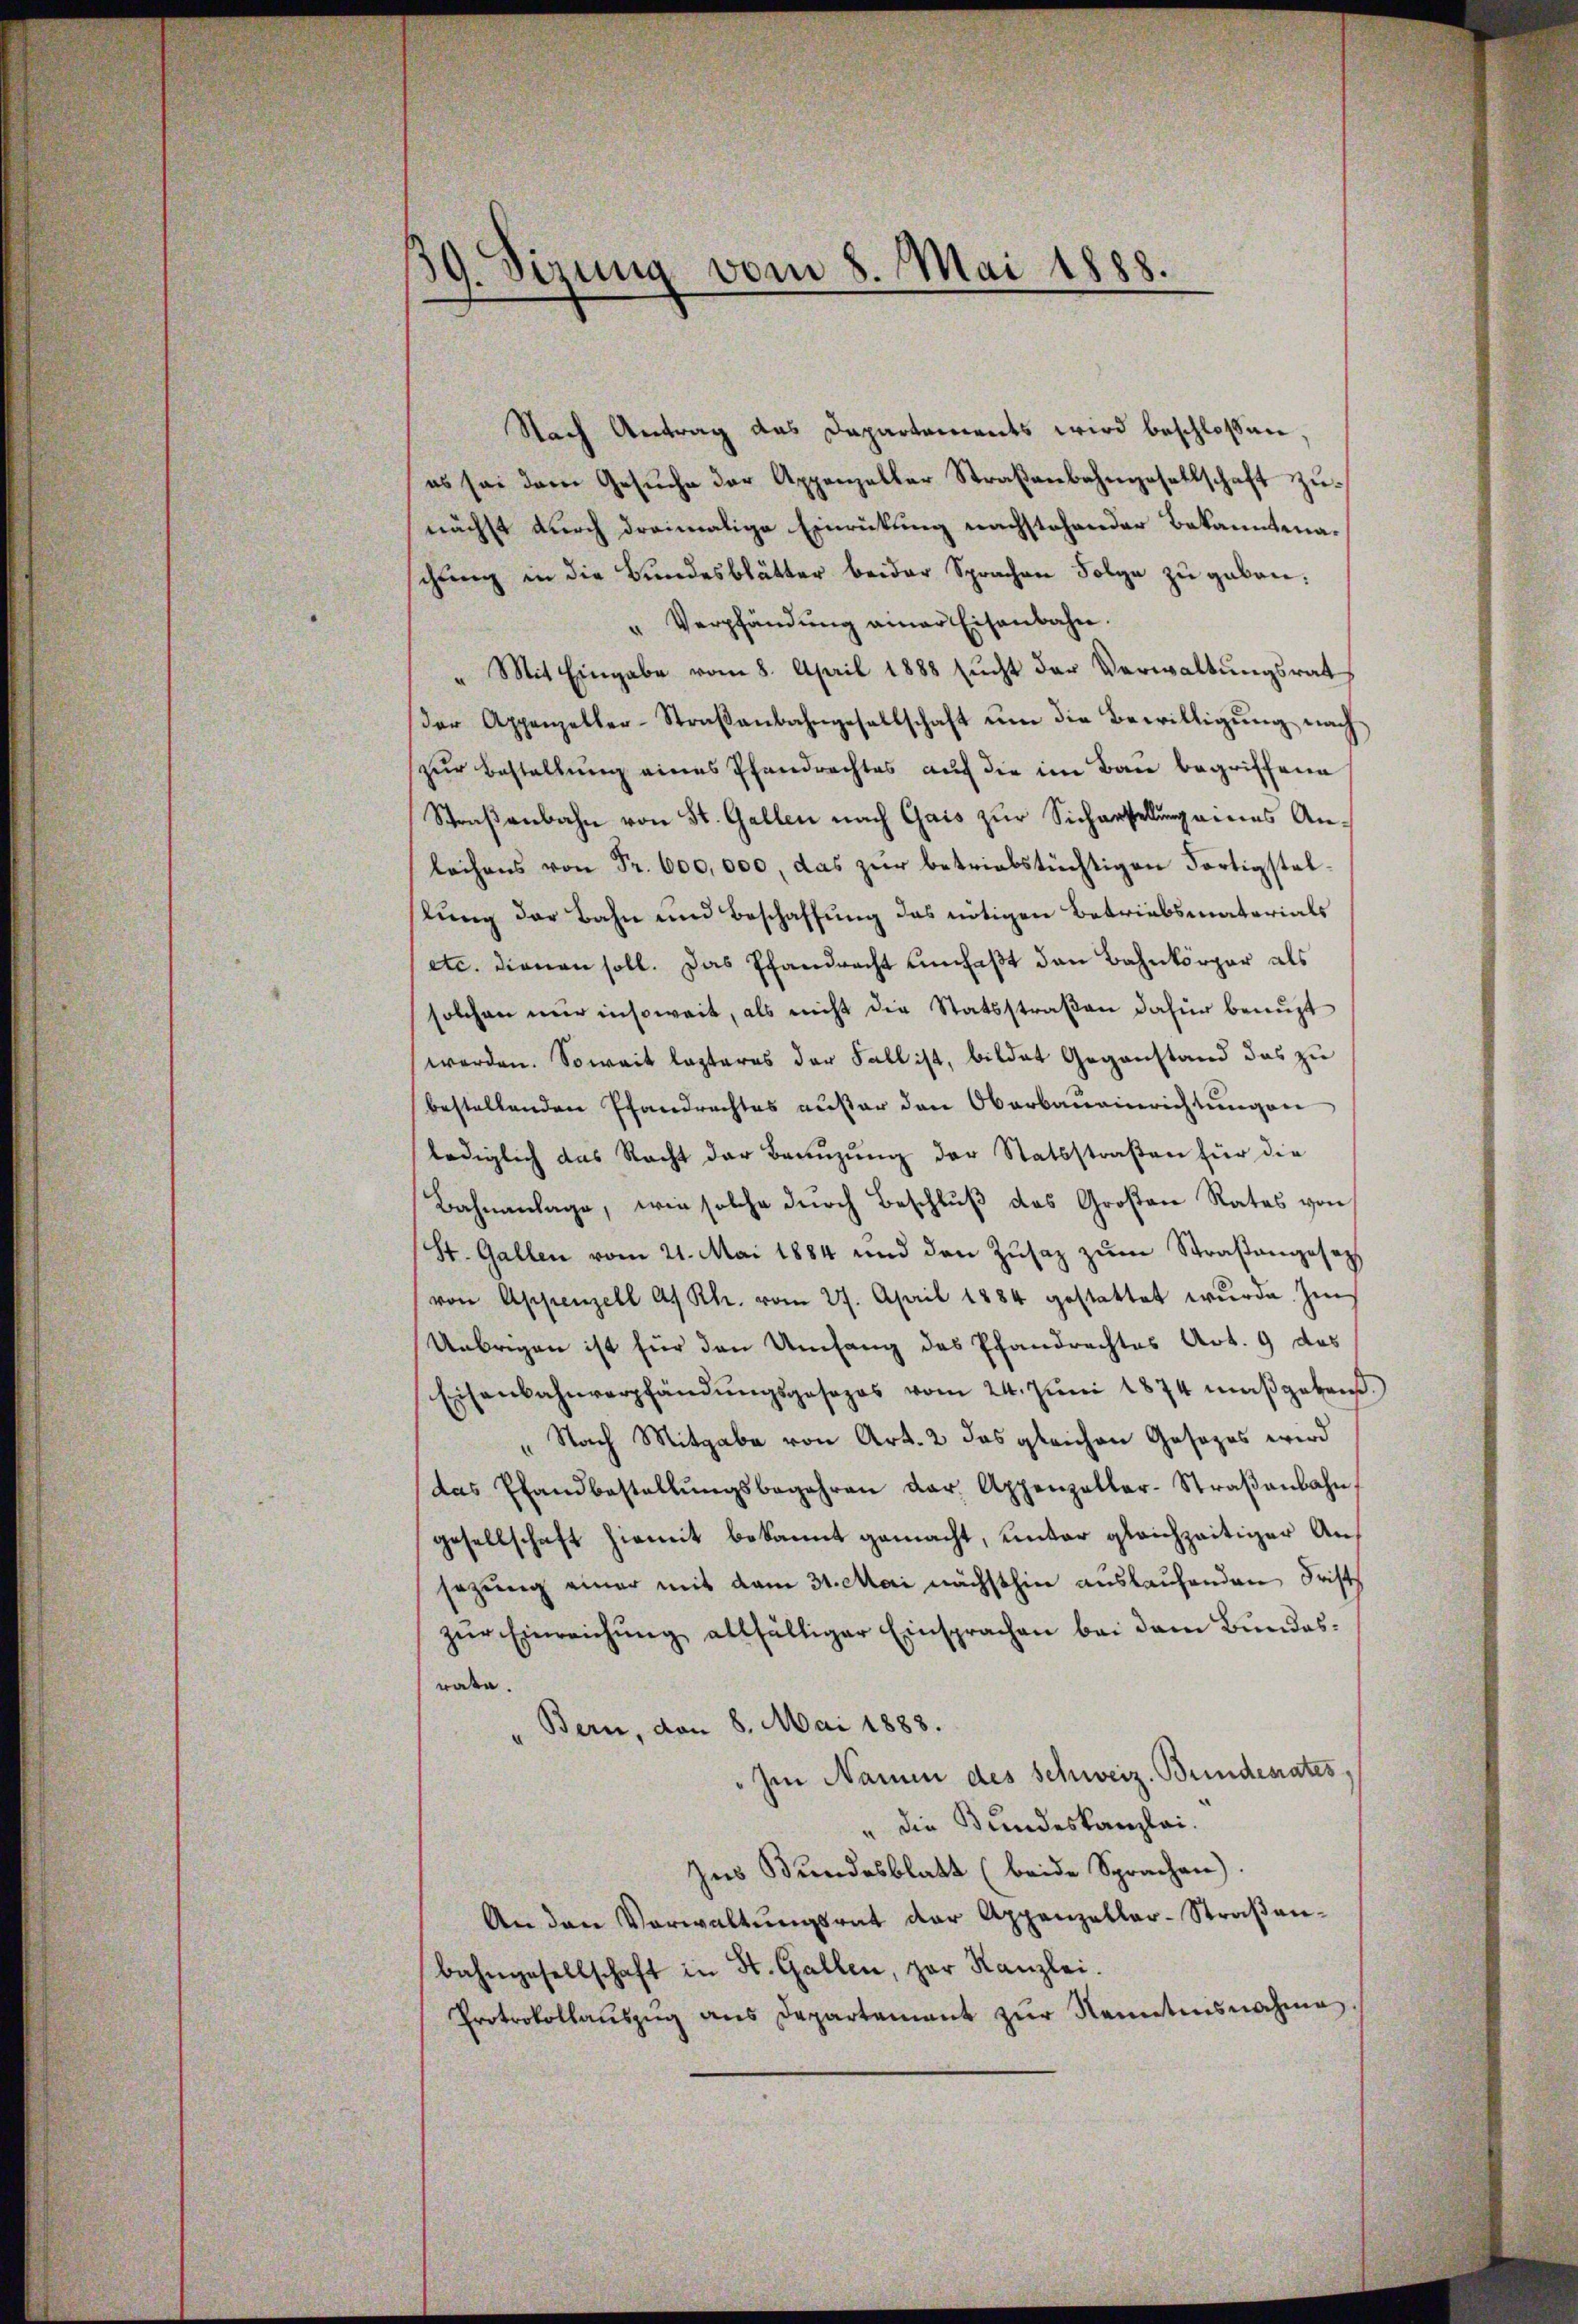
39. Sizung vom 8. Mai 1888.

Nach Antrag das Dapartements wird beschloßen,
es sei dem Gesŭche der Appenzeller Straβenbahngesellschaft zŭ
nächst durch dreimalige Einrückung nachstehender Bekanntenachŭng in die Bundesblätter beider Sprachen Folge zu geben:
Verpfändung einer Eisenbahn.
" Mit Eingabe vom 8. April 1888 sŭcht der Verwaltungsrat
der Appenzeller-Straβenbahngesellschaft ŭm die Bewilligŭng nach
zur Bestellung eines Pfandrechtes auf die im Bau begriffene
Straßenbahn von St. Gallen nach Gais zur Sicherstellung eines Anlachens von Fr. 600,000, das zur betriebstüchtigen Fortigstelstŭng der Bahn und Beschaffung das nötigen Betriebsmaterials
etc. dienen soll. Das Pfandrecht umfaßt den Bahnkörper als
solchen nur insoweit, als nicht die Statsstraβen dafür benuzt
werden. Soweit lasteres der Fall ist, bildet Gegenstand das zu
bestellenden Pfandrechtes außer den Oberbaŭeinrichtungen
lediglich das Recht der Beauzung der Statsstraßen für die
Bahnanlage, wie solche durch Beschluß des Großen Rates von
St. Gallen vom 21. Mai 1884 und den Zusatz zum Straßengesetzt
von Appenzell A. Rh. vom 27. April 1884 gestattet wŭrde. Im
Uebrigen ist für den Umfang des Pfandrechtes Art. 9 das
Eisenbahnverpfändŭngsgesezes vom 24. Jŭni 1874 maßgeben.
Nach Mitgabe von Art. 2 das gleichen Gesezes wird
das Pfandbestellŭngsbegehren dar. Appenzeller-Straβenbahn,
gesellschaft hiemit bekannt gemacht, unter gleichzeitiger Ansezung einer mit dem 31. Mai nächsthin auslaufenden Frist
zŭr Einreichŭng allfälliger Einsprachen bei dem Bundesrate.
Bern, den 8. Mai 1888.
Im Name des Schweiz. Bundesrates,
" die Bundeskanzlei.
Ins Bundesblatt (beide Sprachen).
An den Verwaltŭngsrat der Appenzellar-Straβen-
bahngesellschaft in St. Gallen, par Kanzlei.
Protokollaŭszŭg ans Departament zŭr Nanntnisnahmen